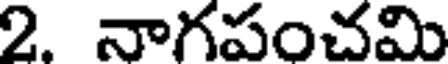
2. నాగపంచమి